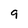
Character: 9